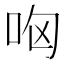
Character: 㕼